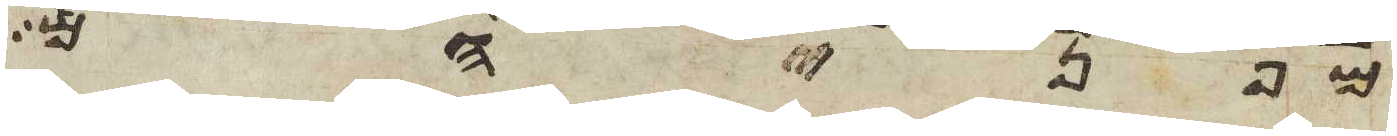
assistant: מפניהם